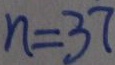
n = 3 7